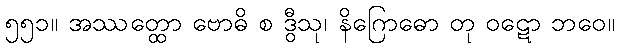
၅၅၁။ အဿတ္ထော ဗောဓိ စ ဒွီသု၊ နိဂြောဓော တု ဝဋော ဘဝေ။